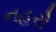
નહરો